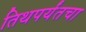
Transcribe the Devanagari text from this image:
तिथपर्यंतचा